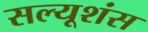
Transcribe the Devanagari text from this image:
सल्यूशंस